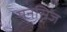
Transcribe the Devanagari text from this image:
मनसिज